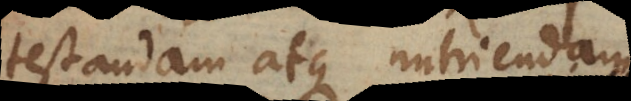
testandam atque nutriendam